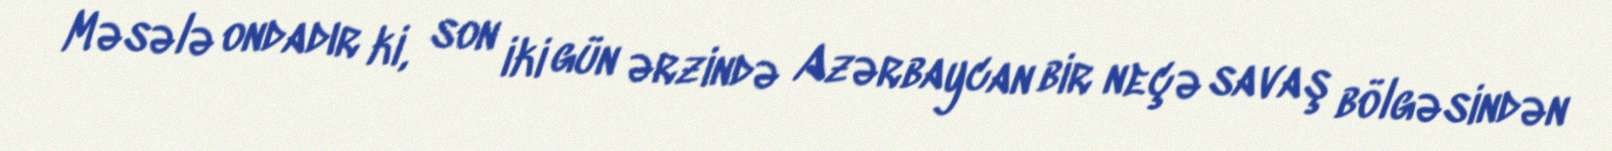
Məsələ ondadır ki, son iki gün ərzində Azərbaycan bir neçə savaş bölgəsindən